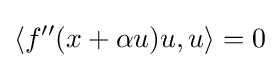
\langle f''(x+\alpha u)u,u\rangle =0